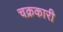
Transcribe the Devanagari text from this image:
चक्रकारी